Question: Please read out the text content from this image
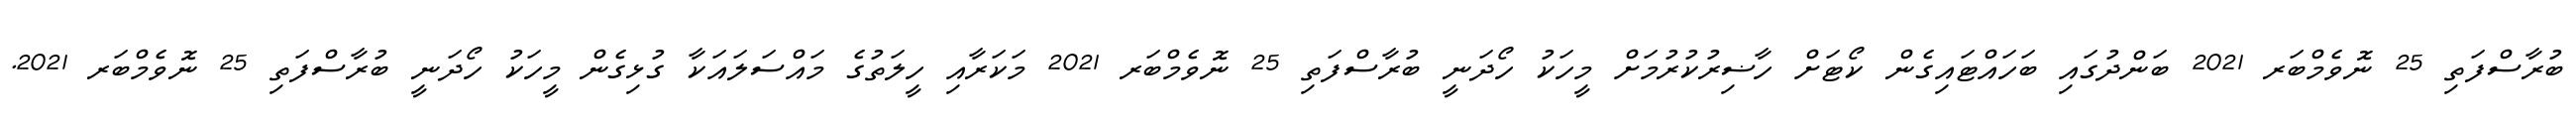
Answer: ބުރާސްފަތި 25 ނޮވެމްބަރ 2021 ބަންދުގައި ބަހައްޓައިގެން ކޯޓަށް ހާޟިރުކުރުމަށް މީހަކު ހޯދަނީ ބުރާސްފަތި 25 ނޮވެމްބަރ 2021 މަކަރާއި ހީލަތުގެ މައްސަލައަކާ ގުޅިގެން މީހަކު ހޯދަނީ ބުރާސްފަތި 25 ނޮވެމްބަރ 2021.